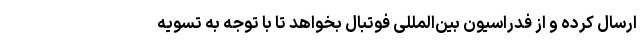
ارسال کرده و از فدراسیون بین‌المللی فوتبال بخواهد تا با توجه به تسویه